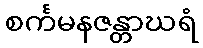
စင်္ကမနဇန္တာဃရံ